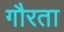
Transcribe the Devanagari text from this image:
गौरता